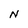
Character: N